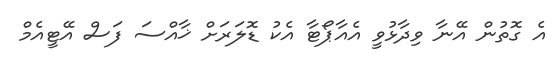
އެ ގޮތުން އޭނާ ވިދާޅުވީ އެއާޕޯޓާ އެކު ޑޮލަރަށް ޚާއްސަ ފަސް އޭޓީއެމް